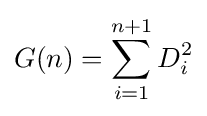
G(n)=\sum _{i=1}^{n+1}D_{i}^{2}